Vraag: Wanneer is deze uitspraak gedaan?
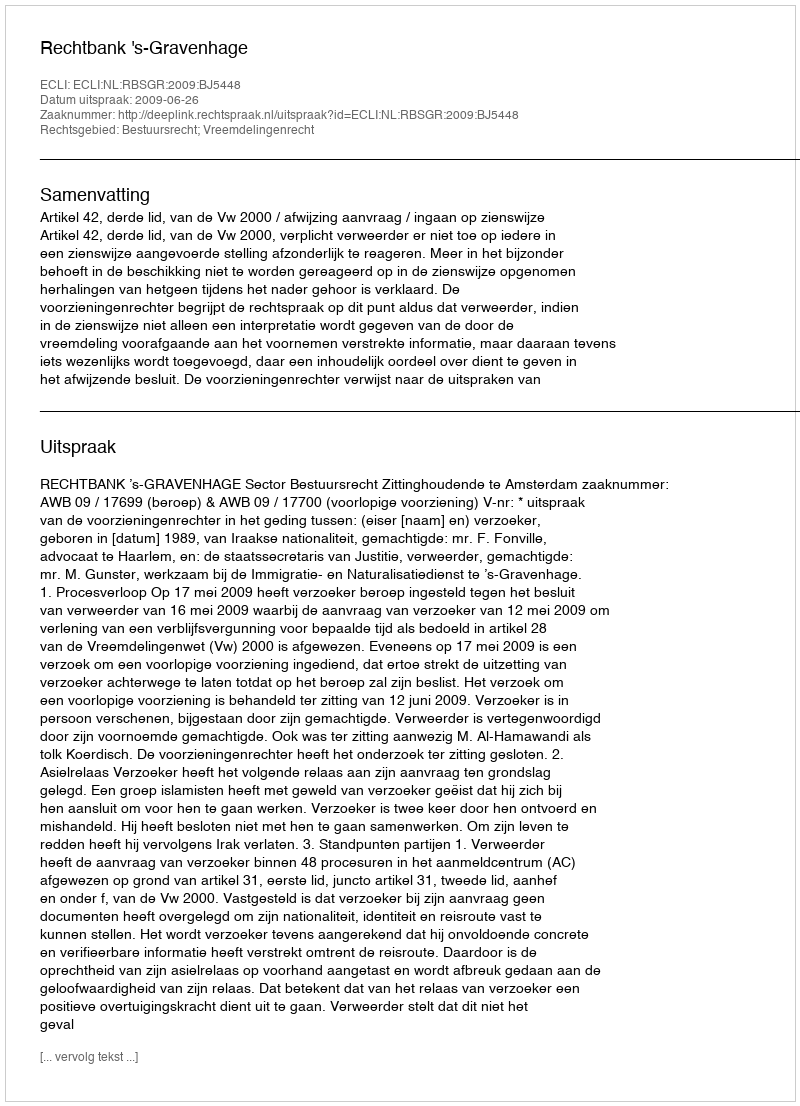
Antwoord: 2009-06-26